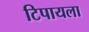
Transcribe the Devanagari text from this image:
टिपायला